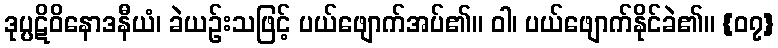
ဒုပ္ပဋိဝိနောဒနီယံ၊ ခဲယဉ်းသဖြင့် ပယ်ဖျောက်အပ်၏။ ဝါ၊ ပယ်ဖျောက်နိုင်ခဲ၏။ {၀၇}